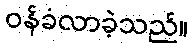
ဝန်ခံလာခဲ့သည်။